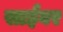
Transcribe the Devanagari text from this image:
साईबर